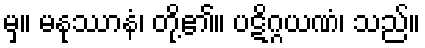
မှ။ မနုဿာနံ၊ တို့၏။ ပဋိဂ္ဂယဏံ၊ သည်။